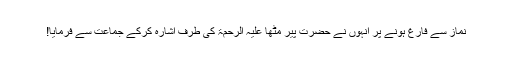
نماز سے فارغ ہونے پر انہوں نے حضرت پیر مٹھا علیہ الرحمۃ کی طرف اشارہ کرکے جماعت سے فرمایا!